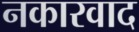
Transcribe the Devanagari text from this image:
नकारवाद